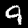
Label: 9